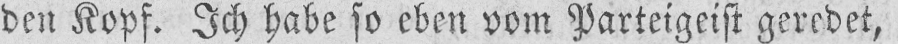
den Kopf. Ich habe so eben vom Parteigeist geredet,